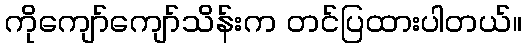
ကိုကျော်ကျော်သိန်းက တင်ပြထားပါတယ်။